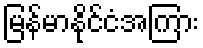
မြန်မာနိုင်ငံအကြား